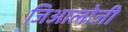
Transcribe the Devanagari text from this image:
जिआलोजी